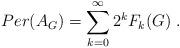
LaTeX: \begin{align*}Per(A_G) = \sum_{k=0}^{\infty} 2^k F_k(G)\;.\end{align*}